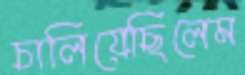
চালিয়েছিলেম